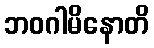
ဘဝဂါမိနောတိ